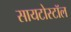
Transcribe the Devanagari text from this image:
सायटोस्टॉल